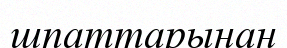
шпаттарынан